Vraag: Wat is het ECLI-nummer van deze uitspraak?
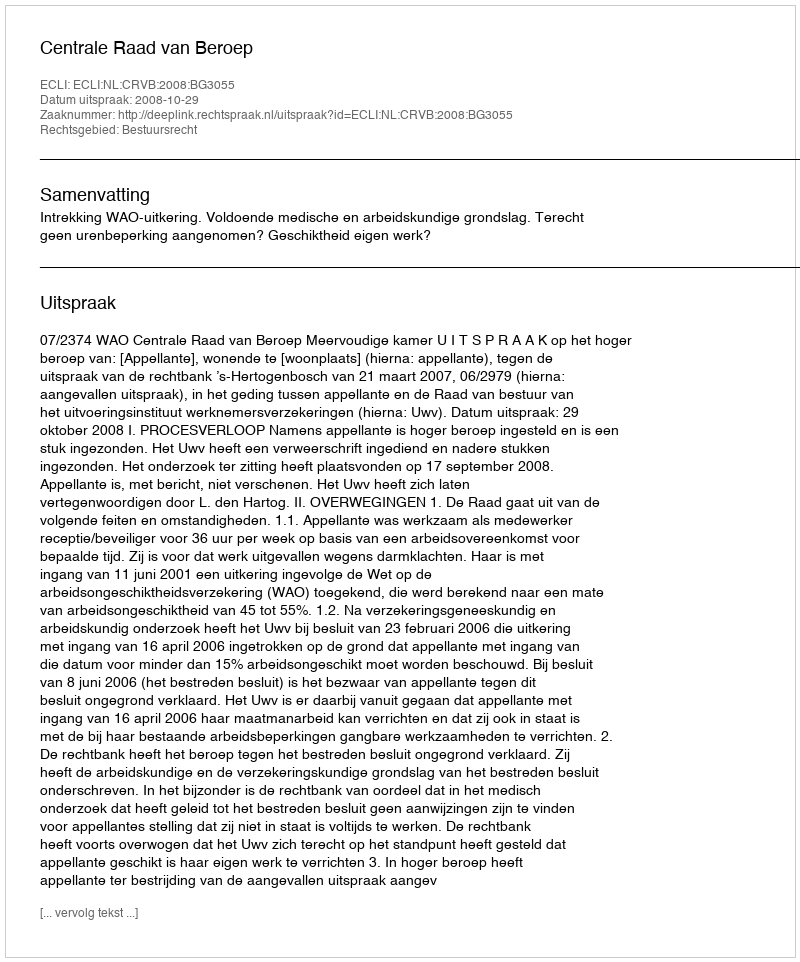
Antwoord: ECLI:NL:CRVB:2008:BG3055